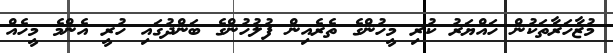
މުޒާހަރާތަކުން ހައްޔަރު ކުރި މީހުންގެ ތެރެއިން ފުލުހުންގެ ބަންދުގައި ހުރީ އެންމެ މީހެއް